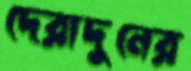
দেরাদুনের